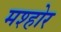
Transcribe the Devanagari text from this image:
मश्होर